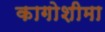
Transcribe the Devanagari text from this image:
कागोशीमा